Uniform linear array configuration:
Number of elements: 12
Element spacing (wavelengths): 0.75
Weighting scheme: blackman
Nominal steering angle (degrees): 45
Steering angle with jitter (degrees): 45.337
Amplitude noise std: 0.05
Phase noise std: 0.05

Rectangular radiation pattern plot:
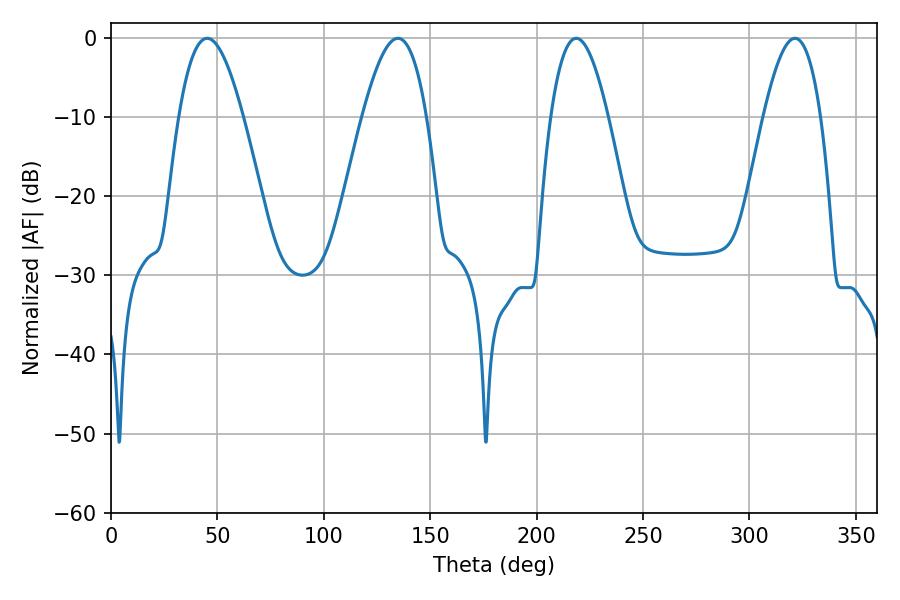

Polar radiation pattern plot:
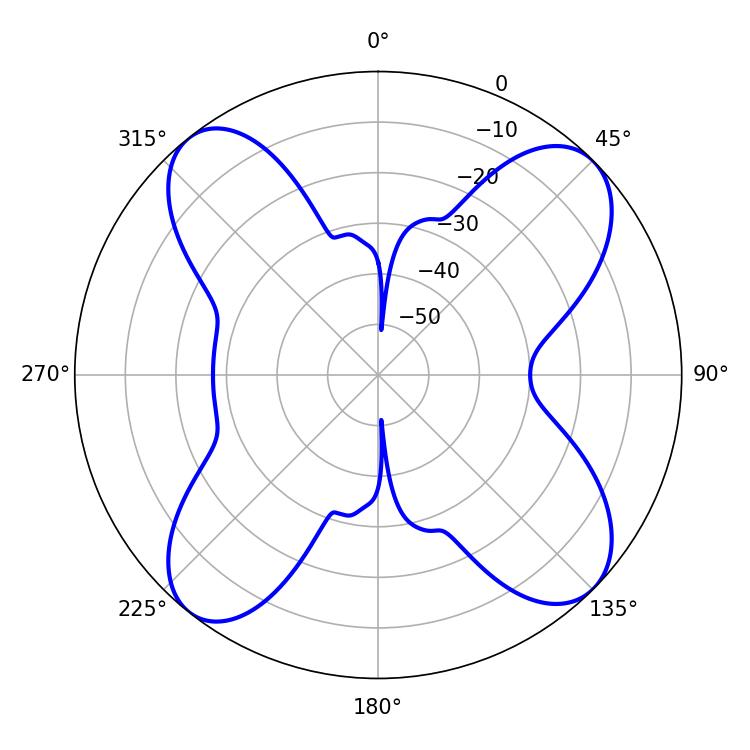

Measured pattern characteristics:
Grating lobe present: TRUE
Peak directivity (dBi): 13.321
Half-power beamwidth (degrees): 16.56
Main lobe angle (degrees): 45.18